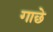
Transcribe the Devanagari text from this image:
गाछे